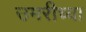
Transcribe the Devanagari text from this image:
उमरीच्या